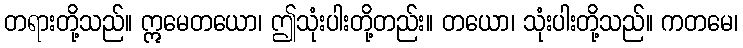
တရားတို့သည်။ ဣမေတယော၊ ဤသုံးပါးတို့တည်း။ တယော၊ သုံးပါးတို့သည်။ ကတမေ၊